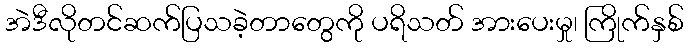
အဲဒီလိုတင်ဆက်ပြသခဲ့တာတွေကို ပရိသတ် အားပေးမှု၊ ကြိုက်နှစ်